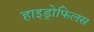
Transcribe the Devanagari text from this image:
हाइड्रोफिलस